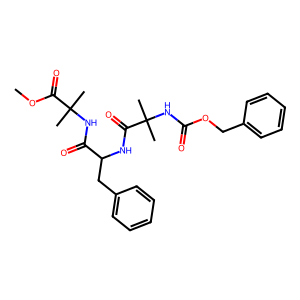
SMILES: COC(=O)C(C)(C)NC(=O)C(Cc1ccccc1)NC(=O)C(C)(C)NC(=O)OCc1ccccc1
Inhibits HIV replication: Yes